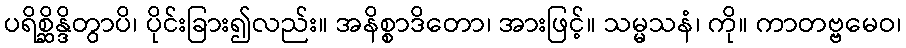
ပရိစ္ဆိန္ဒိတွာပိ၊ ပိုင်းခြား၍လည်း။ အနိစ္စာဒိတော၊ အားဖြင့်။ သမ္မသနံ၊ ကို။ ကာတဗ္ဗမေဝ၊